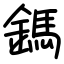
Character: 鎷